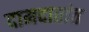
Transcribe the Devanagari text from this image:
दामदातांत